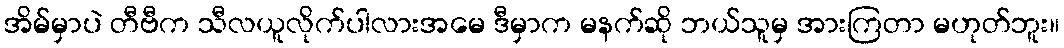
အိမ်မှာပဲ တီဗီက သီလယူလိုက်ပါလားအမေ ဒီမှာက မနက်ဆို ဘယ်သူမှ အားကြတာ မဟုတ်ဘူး။